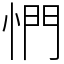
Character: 㥃